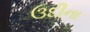
ઉદીના